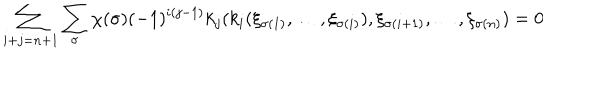
\sum _ { i + j = n + 1 } \sum _ { \sigma } \chi ( \sigma ) ( - 1 ) ^ { i ( j - 1 ) } k _ { j } ( k _ { i } ( \xi _ { \sigma ( 1 ) } , \dots , \xi _ { \sigma ( i ) } ) , \xi _ { \sigma ( i + 1 ) } , \dots , \xi _ { \sigma ( n ) } ) = 0